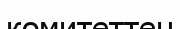
комитеттен